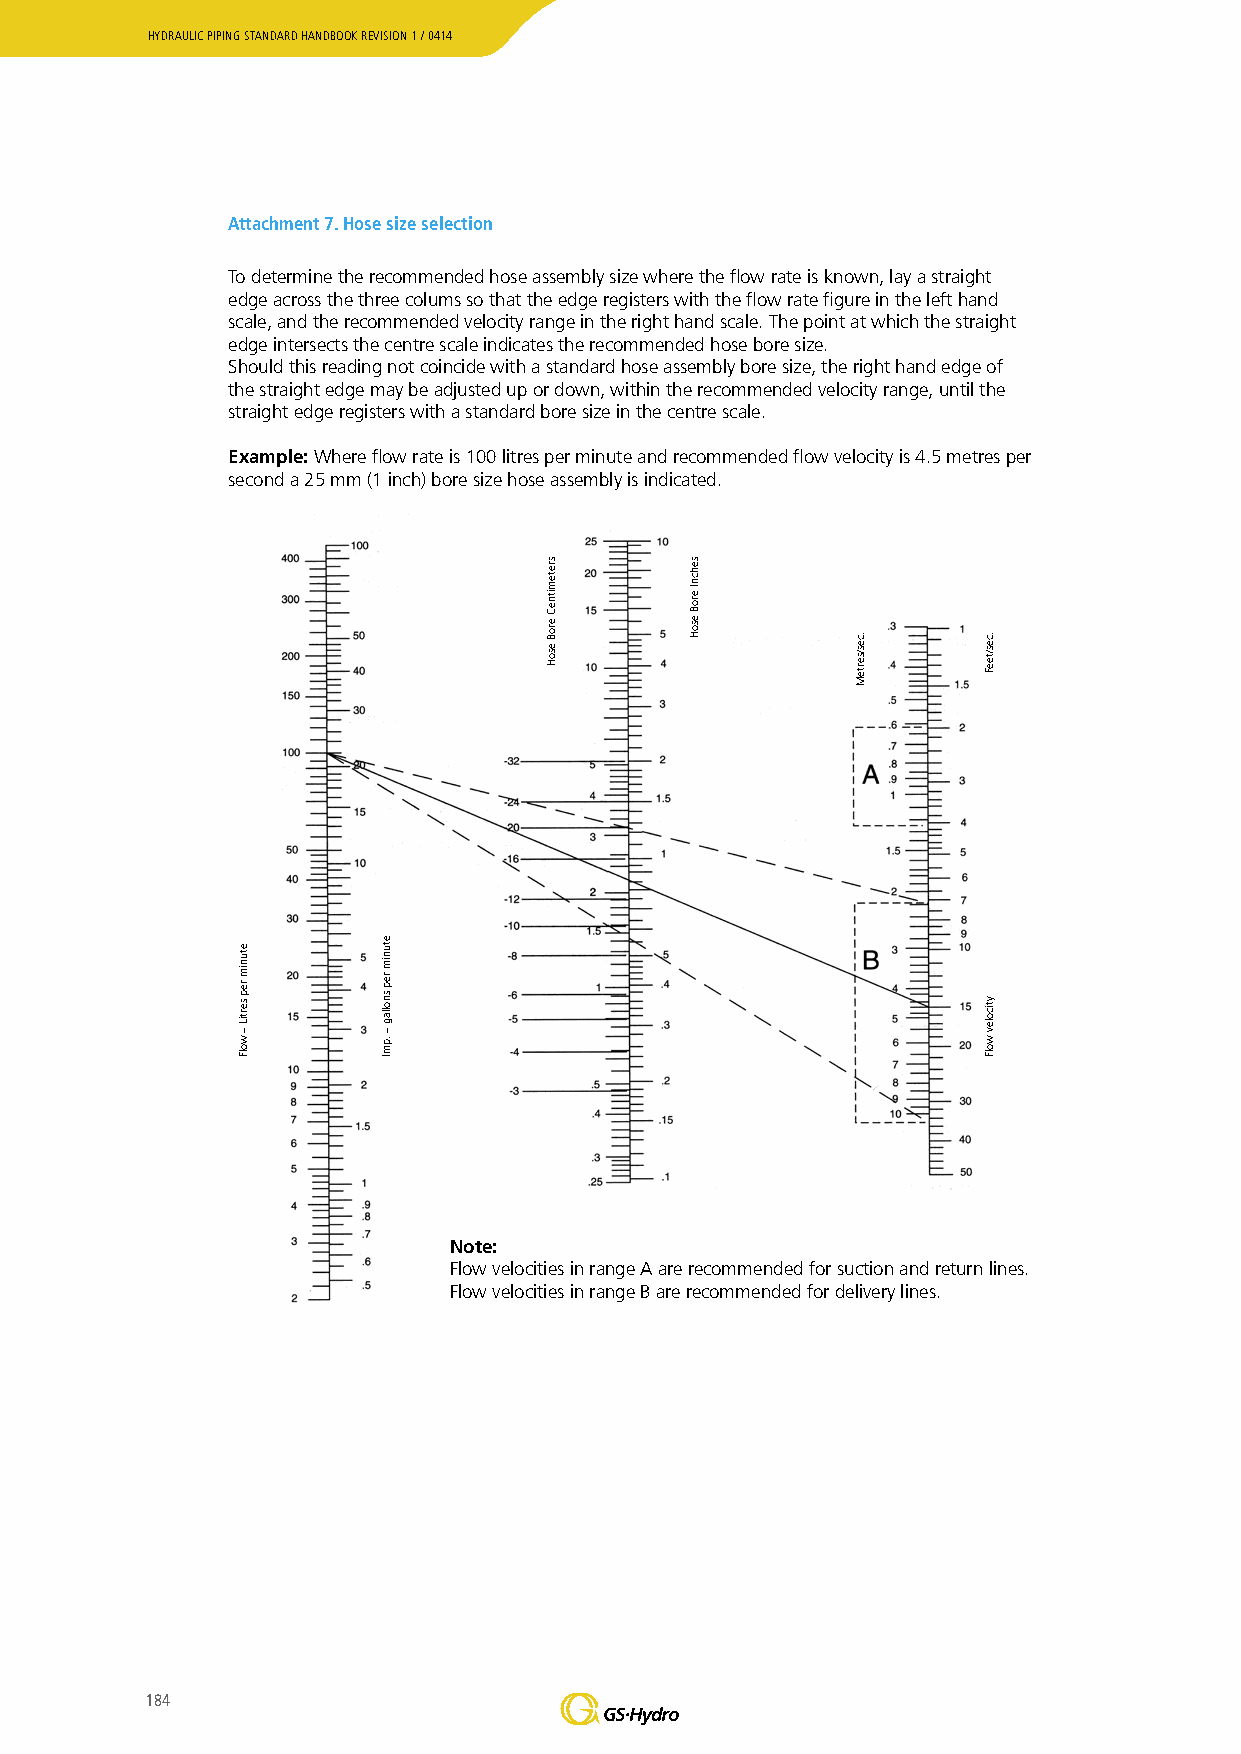
HYDRAULIC PIPING STANDARD HANDBOOK REVISION 1 / 0414
 Attachment 7. Hose size selection
 To determine the recommended hose assembly size where the flow rate is known, lay a straight
 edge across the three colums so that the edge registers with the flow rate figure in the left hand
 scale, and the recommended velocity range in the right hand scale. The point at which the straight
 edge intersects the centre scale indicates the recommended hose bore size.
 Should this reading not coincide with a standard hose assembly bore size, the right hand edge of
 the straight edge may be adjusted up or down, within the recommended velocity range, until the
 straight edge registers with a standard bore size in the centre scale.
 Example: Where flow rate is 100 litres per minute and recommended flow velocity is 4.5 metres per
 second a 25 mm (1 inch) bore size hose assembly is indicated.
 Note:
 Flow velocities in range A are recommended for suction and return lines.
 Flow velocities in range B are recommended for delivery lines.
 184
 etunim
 rep
 sertiL
 –
 wolF
 etunim
 rep
 snollag
 –
 .pmI
 sretemitneC
 eroB
 esoH
 sehcnI
 eroB
 esoH
 .ces/serteM .ces/teeF
 yticolev
 wolF